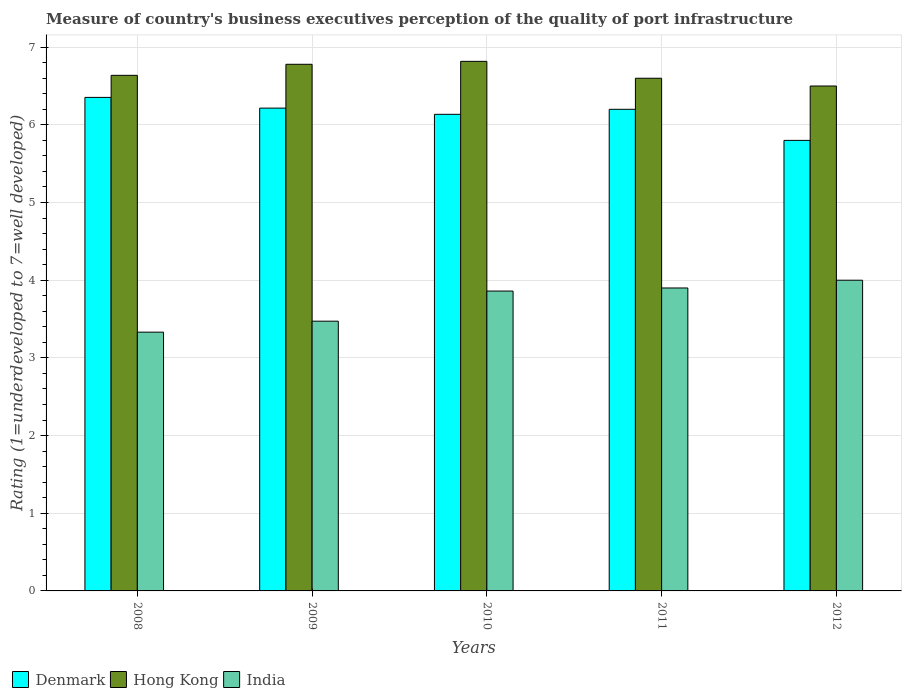
| Years | Denmark | Hong Kong | India |
 | --- | --- | --- | --- |
 | 2008 | 6.35 | 6.64 | 3.33 |
 | 2009 | 6.22 | 6.78 | 3.47 |
 | 2010 | 6.14 | 6.82 | 3.86 |
 | 2011 | 6.2 | 6.6 | 3.9 |
 | 2012 | 5.8 | 6.5 | 4 |